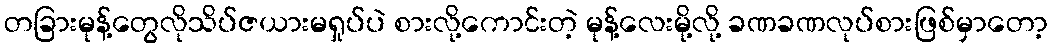
တခြားမုန့်တွေလိုသိပ်ဇယားမရှုပ်ပဲ စားလို့ကောင်းတဲ့ မုန့်လေးမို့လို့ ခဏခဏလုပ်စားဖြစ်မှာတော့